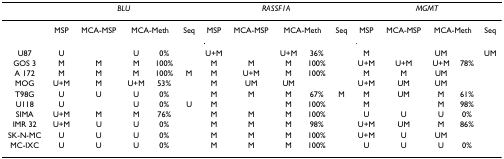
<table><thead><tr><td></td><td colspan="5"><b><i>BLU</i></b></td><td colspan="5"><b><i>RASSF1A</i></b></td><td colspan="5"><b><i>MGMT</i></b></td></tr></thead><tbody><tr><td></td><td>MSP</td><td>MCA-MSP</td><td colspan="2">MCA-Meth</td><td>Seq</td><td>MSP</td><td>MCA-MSP</td><td colspan="2">MCA-Meth</td><td>Seq</td><td>MSP</td><td>MCA-MSP</td><td colspan="2">MCA-Meth</td><td>Seq</td></tr><tr><td>U87</td><td>U</td><td></td><td>U</td><td>0%</td><td></td><td>U+M</td><td></td><td>U+M</td><td>36%</td><td></td><td>M</td><td></td><td>UM</td><td></td><td>UM</td></tr><tr><td>GOS 3</td><td>M</td><td>M</td><td>M</td><td>100%</td><td></td><td>M</td><td>M</td><td>M</td><td>100%</td><td></td><td>U+M</td><td>U+M</td><td>U+M</td><td>78%</td><td></td></tr><tr><td>A 172</td><td>M</td><td>M</td><td>M</td><td>100%</td><td>M</td><td>M</td><td>U+M</td><td>M</td><td>100%</td><td></td><td>M</td><td>M</td><td>UM</td><td></td><td></td></tr><tr><td>MOG</td><td>U+M</td><td>M</td><td>U+M</td><td>53%</td><td></td><td>M</td><td>UM</td><td>UM</td><td></td><td></td><td>U+M</td><td>UM</td><td>UM</td><td></td><td></td></tr><tr><td>T98G</td><td>U</td><td>U</td><td>U</td><td>0%</td><td></td><td>M</td><td>M</td><td>M</td><td>67%</td><td>M</td><td>M</td><td>UM</td><td>M</td><td>61%</td><td></td></tr><tr><td>U118</td><td>U</td><td></td><td>U</td><td>0%</td><td>U</td><td>M</td><td></td><td>M</td><td>100%</td><td></td><td>M</td><td></td><td>M</td><td>98%</td><td></td></tr><tr><td>SIMA</td><td>U+M</td><td>M</td><td>M</td><td>76%</td><td></td><td>M</td><td>M</td><td>M</td><td>100%</td><td></td><td>U</td><td>U</td><td>U</td><td>0%</td><td></td></tr><tr><td>IMR 32</td><td>U+M</td><td>U</td><td>U</td><td>0%</td><td></td><td>M</td><td>M</td><td>M</td><td>98%</td><td></td><td>U+M</td><td>UM</td><td>M</td><td>86%</td><td></td></tr><tr><td>SK-N-MC</td><td>U</td><td>U</td><td>U</td><td>0%</td><td></td><td>M</td><td>M</td><td>M</td><td>100%</td><td></td><td>U+M</td><td>U</td><td>UM</td><td></td><td></td></tr><tr><td>MC-IXC</td><td>U</td><td>U</td><td>U</td><td>0%</td><td></td><td>M</td><td>M</td><td>M</td><td>100%</td><td></td><td>U</td><td>U</td><td>U</td><td>0%</td><td></td></tr></tbody></table>